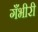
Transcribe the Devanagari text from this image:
गँभीरी